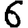
Digit: 6